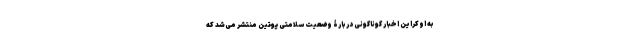
به اوکراین اخبار گوناگونی دربارۀ وضعیت سلامتی پوتین منتشر می‌شد که